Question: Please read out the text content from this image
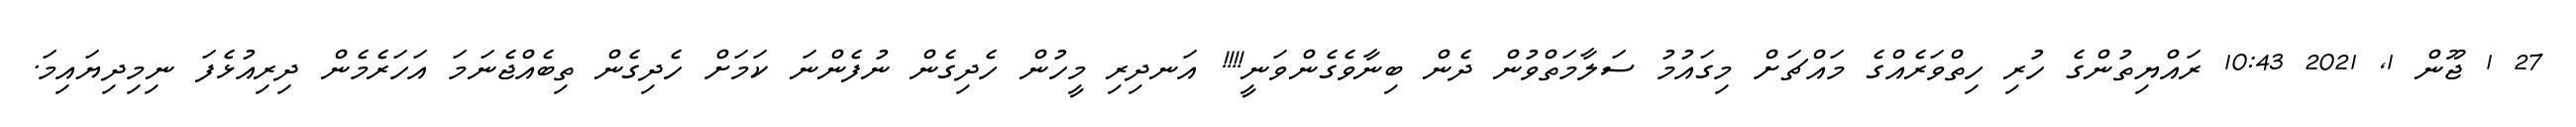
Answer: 27 1 ޖޫން 1, 2021 10:43 ރައްޔިތުންގެ ހުރި ހިތްވަރެއްގެ މައްޗަށް މިގައުމު ސަލާމަތްވުން ދެން ބިނާވެގެންވަނީ!!!! އަނދިރި މީހުން ހެދިގެން ނުފެންނަ ކަމަށް ހެދިގެން ތިބެއްޖެނަމަ އަހަރެމެން ދިރިއުޅެފަ ނިމިދިޔައިމަ.